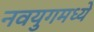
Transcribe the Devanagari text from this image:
नवयुगमध्ये